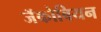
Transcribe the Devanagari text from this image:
जॅकोबियन